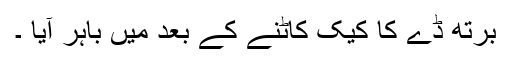
برتھ ڈے کا کیک کاٹنے کے بعد میں باہر آیا ۔